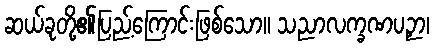
ဆယ်ခုတို့၏ပြည့်ကြောင်းဖြစ်သော။ သညာလက္ခဏပဉှာ၊